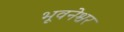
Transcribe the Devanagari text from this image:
भूवनेश्वर